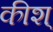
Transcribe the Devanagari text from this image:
कीश्